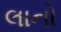
લાનો